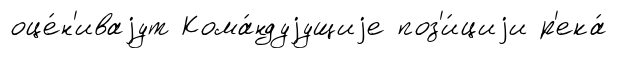
оце́н'иваjут Кома́ндуjущиjе поз'и́циjи р'ека́